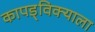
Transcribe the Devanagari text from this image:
कापड्विक्याला